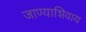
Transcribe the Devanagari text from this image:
जाण्याशिवाय